Document type: Sale
Year: 1235
Scribe: Pere de Bages
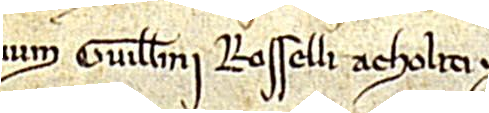
num Guillelmi Rosselli acholiti.